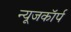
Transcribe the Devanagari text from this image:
न्यूजकॉर्प